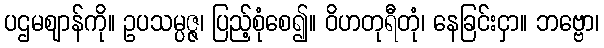
ပဌမဈာန်ကို။ ဥပသမ္ပဇ္ဇ၊ ပြည့်စုံစေ၍။ ဝိဟတုရီတုံ၊ နေခြင်းငှာ။ ဘဗ္ဗော၊